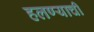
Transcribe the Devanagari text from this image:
हलण्याची